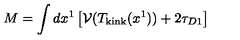
M = \int d x ^ { 1 } \left[ { \cal V } ( T _ { \mathrm { k i n k } } ( x ^ { 1 } ) ) + 2 \tau _ { D 1 } \right]